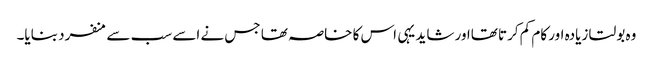
وہ بولتا زیادہ اور کام کم کرتا تھااور شاید یہی اس کا خاصہ تھا جس نے اسے سب سے منفرد بنایا۔